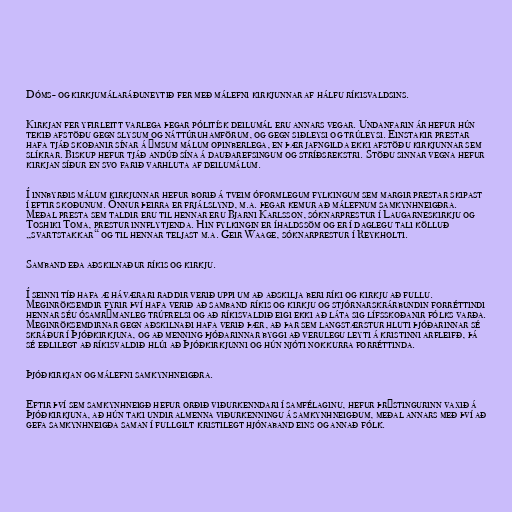
Dóms- og kirkjumálaráðuneytið fer með málefni kirkjunnar af hálfu ríkisvaldsins.

Kirkjan fer yfirleitt varlega þegar pólitísk deilumál eru annars vegar. Undanfarin ár hefur hún
tekið afstöðu gegn slysum og náttúruhamförum, og gegn siðleysi og trúleysi. Einstakir prestar
hafa tjáð skoðanir sínar á ýmsum málum opinberlega, en þær jafngilda ekki afstöðu kirkjunnar sem
slíkrar. Biskup hefur tjáð andúð sína á dauðarefsingum og stríðsrekstri. Stöðu sinnar vegna hefur
kirkjan síður en svo farið varhluta af deilumálum.

Í innbyrðis málum kirkjunnar hefur borið á tveim óformlegum fylkingum sem margir prestar skipast
í eftir skoðunum. Önnur þeirra er frjálslynd, m.a. þegar kemur að málefnum samkynhneigðra.
Meðal presta sem taldir eru til hennar eru Bjarni Karlsson, sóknarprestur í Laugarneskirkju og
Toshiki Toma, prestur innflytjenda. Hin fylkingin er íhaldssöm og er í daglegu tali kölluð
„svartstakkar“ og til hennar teljast m.a. Geir Waage, sóknarprestur í Reykholti.

Samband eða aðskilnaður ríkis og kirkju.

Í seinni tíð hafa æ háværari raddir verið uppi um að aðskilja beri ríki og kirkju að fullu.
Meginröksemdir fyrir því hafa verið að samband ríkis og kirkju og stjórnarskrárbundin forréttindi
hennar séu ósamrýmanleg trúfrelsi og að ríkisvaldið eigi ekki að láta sig lífsskoðanir fólks varða.
Meginröksemdirnar gegn aðskilnaði hafa verið þær, að þar sem langstærstur hluti þjóðarinnar sé
skráður í Þjóðkirkjuna, og að menning þjóðarinnar byggi að verulegu leyti á kristinni arfleifð, þá
sé eðlilegt að ríkisvaldið hlúi að Þjóðkirkjunni og hún njóti nokkurra forréttinda.

Þjóðkirkjan og málefni samkynhneigðra.

Eftir því sem samkynhneigð hefur orðið viðurkenndari í samfélaginu, hefur þrýstingurinn vaxið á
Þjóðkirkjuna, að hún taki undir almenna viðurkenningu á samkynhneigðum, meðal annars með því að
gefa samkynhneigða saman í fullgilt kristilegt hjónaband eins og annað fólk.